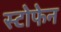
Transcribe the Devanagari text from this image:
स्टोफेन